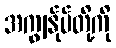
အကျွန်ုပ်တို့ကို